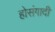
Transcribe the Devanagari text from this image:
होसंगादी